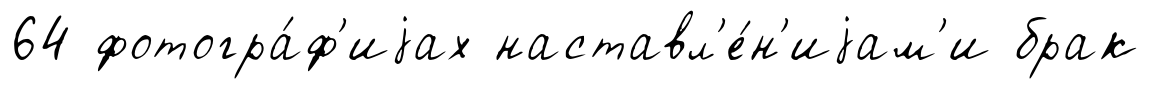
64 фотогра́ф'иjах наставл'е́н'иjам'и брак